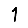
Digit: 1